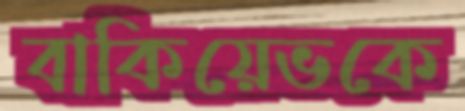
বাকিয়েভকে